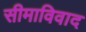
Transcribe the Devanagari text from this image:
सीमाविवाद